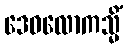
ဒေဝလောကသ္မိံ